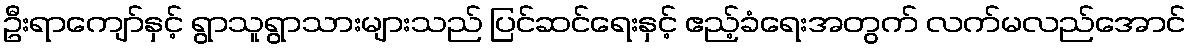
ဦးရာကျော်နှင့် ရွာသူရွာသားများသည် ပြင်ဆင်ရေးနှင့် ဧည့်ခံရေးအတွက် လက်မလည်အောင်